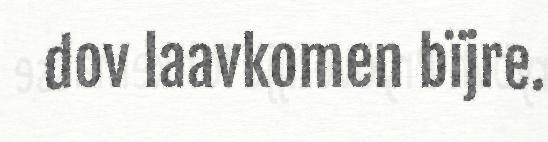
dov laavkomen bïjre.